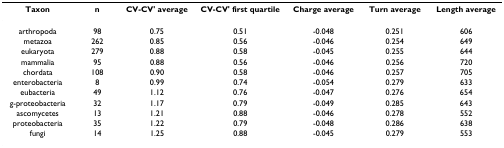
| Taxon | n | CV-CV' average | CV-CV' first quartile | Charge average | Turn average | Length average |
 | --- | --- | --- | --- | --- | --- | --- |
 | arthropoda | 98 | 0.75 | 0.51 | -0.048 | 0.251 | 606 |
 | metazoa | 262 | 0.85 | 0.56 | -0.046 | 0.254 | 649 |
 | eukaryota | 279 | 0.88 | 0.58 | -0.045 | 0.255 | 644 |
 | mammalia | 95 | 0.88 | 0.56 | -0.046 | 0.256 | 720 |
 | chordata | 108 | 0.90 | 0.58 | -0.046 | 0.257 | 705 |
 | enterobacteria | 8 | 0.99 | 0.74 | -0.054 | 0.279 | 633 |
 | eubacteria | 49 | 1.12 | 0.76 | -0.047 | 0.276 | 654 |
 | g-proteobacteria | 32 | 1.17 | 0.79 | -0.049 | 0.285 | 643 |
 | ascomycetes | 13 | 1.21 | 0.88 | -0.046 | 0.278 | 552 |
 | proteobacteria | 35 | 1.22 | 0.79 | -0.048 | 0.286 | 638 |
 | fungi | 14 | 1.25 | 0.88 | -0.045 | 0.279 | 553 |